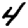
Digit: 4